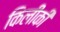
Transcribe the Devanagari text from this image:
किलीकी